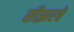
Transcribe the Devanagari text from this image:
सीझरचे